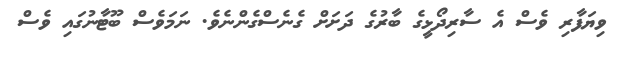
ވިޔަފާރި ވެސް އެ ސާރިދޯޅީގެ ބާރުގެ ދަށަށް ގެނެސްގެންނެވެ. ނަމަވެސް ބޫޓާނުގައި ވެސް